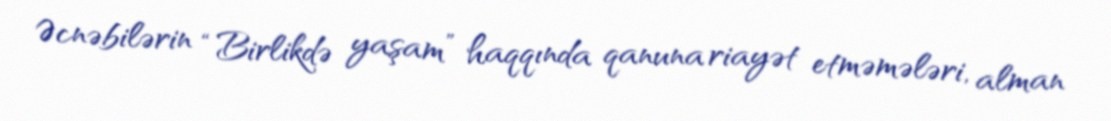
Əcnəbilərin “Birlikdə yaşam” haqqında qanuna riayət etməmələri, alman